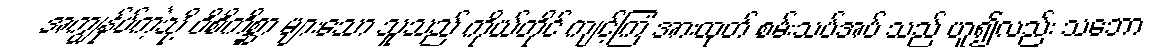
အကျွန်ုပ်ကဲ့သို့ ဝိစိကိစ္ဆာ များသော သူသည် ကိုယ်တိုင် ကျင့်ကြံ အားထုတ် စမ်းသပ်အပ် သည် ဟူ၍လည်း သဘော